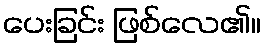
ပေးခြင်း ဖြစ်လေ၏။